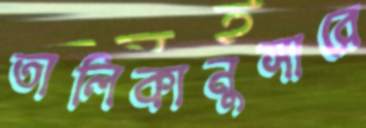
তালিকানুসারে